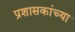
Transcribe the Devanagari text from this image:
प्रशासकांच्या